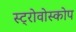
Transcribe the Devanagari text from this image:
स्ट्रोवोस्कोप